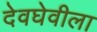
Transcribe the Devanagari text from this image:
देवघेवीला